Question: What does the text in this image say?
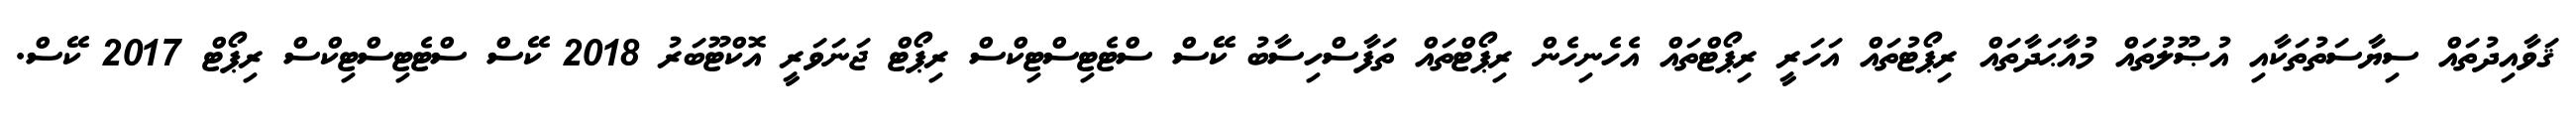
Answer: ޤަވާއިދުތައް ސިޔާސަތުތަކާއި އުޞޫލުތައް މުއާޙަދާތައް ރިޕޯޓުތައް އަހަރީ ރިޕޯޓްތައް އެހެނިހެން ރިޕޯޓްތައް ތަފާސްހިސާބު ކޭސް ސްޓެޓިސްޓިކްސް ރިޕޯޓް ޖަނަވަރީ އޮކްޓޫބަރު 2018 ކޭސް ސްޓެޓިސްޓިކްސް ރިޕޯޓް 2017 ކޭސް.